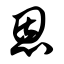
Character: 恩